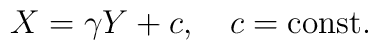
X=\gamma Y+ c,\quad c=\hbox{const}.